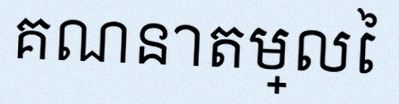
គណនាតម្លៃ